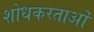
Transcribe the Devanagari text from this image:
शोधकरताओं